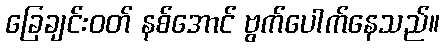
ခြေချင်းဝတ် နစ်အောင် ဗွက်ပေါက်နေသည်။